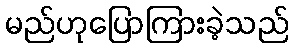
မည်ဟုပြောကြားခဲ့သည်